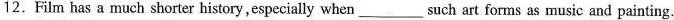
12.Film has a much shorter history,especially when___ such art forms as music and painting.